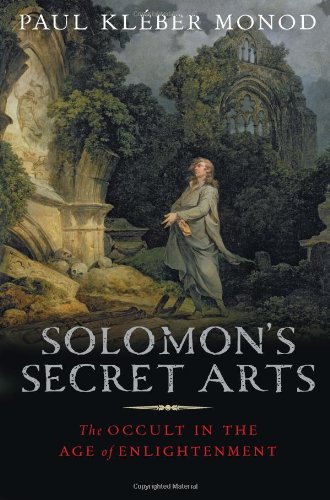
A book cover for Solomon's Secret Arts: The Occult in the Age of Enlightenment; Paul KlÃ©ber Monod; Religion & Spirituality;